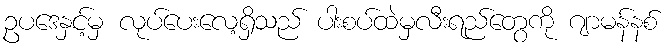
ဥပဒေနှင့်မှ လုပ်ပေးလေ့ရှိသည် ပါးစပ်ထဲမှလီးရည်တွေကို ဂျာမန်နစ်